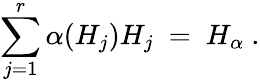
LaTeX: \sum_{j=1}^{r}\alpha(H_{j})H_{j}~=~H_{\alpha}~.